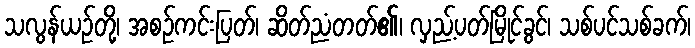
သလွန်ယဉ်တို့၊ အစဉ်ကင်းပြတ်၊ ဆိတ်ညံတတ်၏၊ လှည့်ပတ်မြိုင်ခွင်၊ သစ်ပင်သစ်ခက်၊